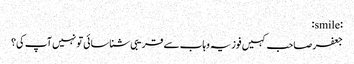
:smile:
جعفر صاحب کہیں فوزیہ وہاب سے قریبی شناسائی تو نہیں آپ کی؟